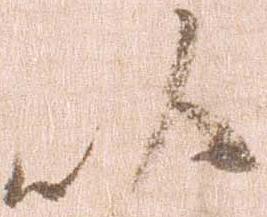
以